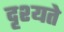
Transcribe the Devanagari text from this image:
दृश्यते